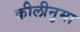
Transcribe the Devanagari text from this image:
कीलीनुमा